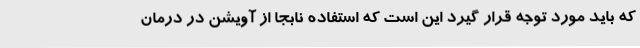
که باید مورد توجه قرار گیرد این است که استفاده نابجا از آویشن در درمان